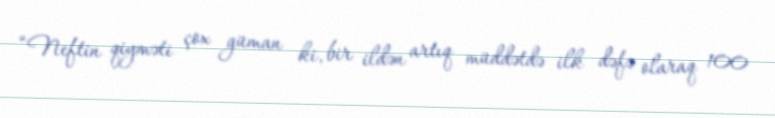
“Neftin qiyməti çox güman ki, bir ildən artıq müddətdə ilk dəfə olaraq 100